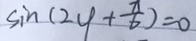
\sin ( 2 4 + \frac { \pi } { 6 } ) = 0